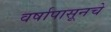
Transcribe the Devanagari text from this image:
वर्षापासूनचे